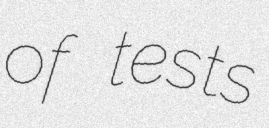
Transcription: of tests